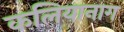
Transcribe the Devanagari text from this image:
कलियानाग